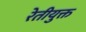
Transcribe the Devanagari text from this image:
रेतीयुक्त